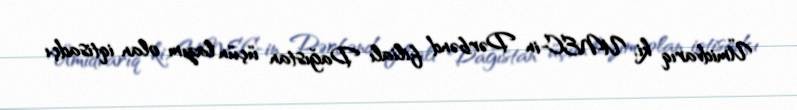
Ümidvarıq ki, UNEC-in Dərbənd filialı Dağıstan üçün lazım olan iqtisadçı